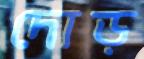
দোড়